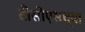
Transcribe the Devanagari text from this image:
टीसीएसच्या